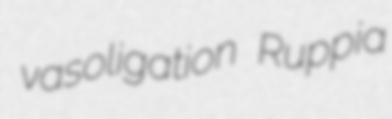
vasoligation Ruppia